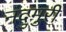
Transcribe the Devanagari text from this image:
नंदुमुरी